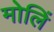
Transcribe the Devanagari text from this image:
मोलिं